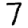
Digit: 7